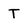
Character: T